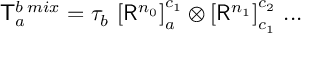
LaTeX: { \sf T } _ { a } ^ { b \; m i x } = \tau _ { b } \, \left[ { \sf R } ^ { n _ { 0 } } \right] _ { a } ^ { c _ { 1 } } \otimes \left[ { \sf R } ^ { n _ { 1 } } \right] _ { c _ { 1 } } ^ { c _ { 2 } } \, . . . \,